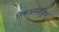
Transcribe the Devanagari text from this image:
तिरूअनन्तपुरम्